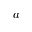
a